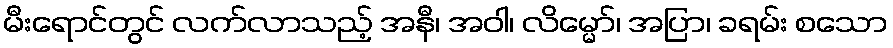
မီးရောင်တွင် လက်လာသည့် အနီ၊ အဝါ၊ လိမ္မော်၊ အပြာ၊ ခရမ်း စသော